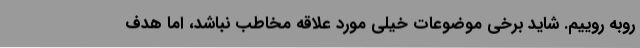
روبه روییم. شاید برخی موضوعات خیلی مورد علاقه مخاطب نباشد، اما هدف